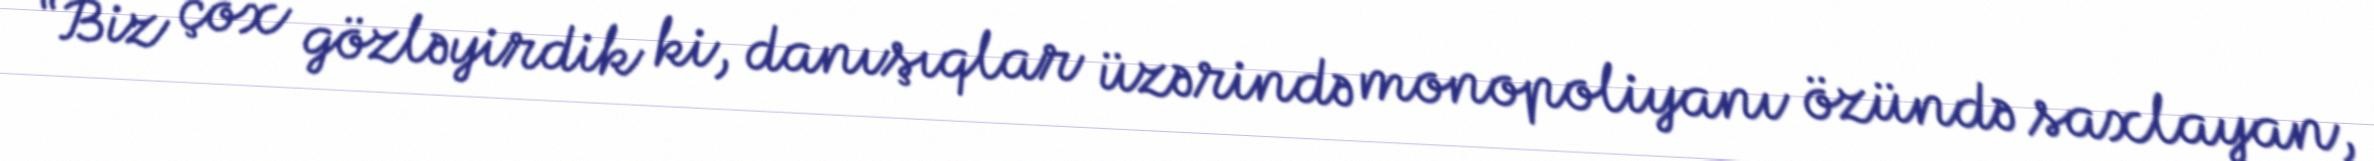
“Biz çox gözləyirdik ki, danışıqlar üzərində monopoliyanı özündə saxlayan,